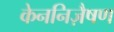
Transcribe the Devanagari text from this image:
केननिज़ैषण